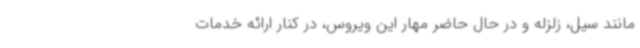
مانند سیل، زلزله و در حال حاضر مهار این ویروس، در کنار ارائه خدمات